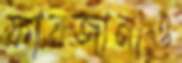
ফারজানাও